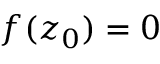
f ( z _ { 0 } ) = 0